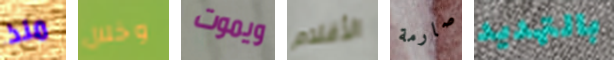
منذ وخلال ويموت الأقلام صارمة بالتهديد